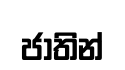
ජාතින්